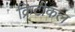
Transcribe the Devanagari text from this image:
क्रिटीकल